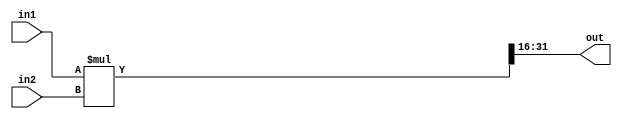
module Multiplier(input [15:0]in1,in2,output [15:0] out);
	wire [31:0]residue;
	assign residue = in1 * in2;
	assign out = residue[31:16];
endmodule